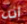
انه